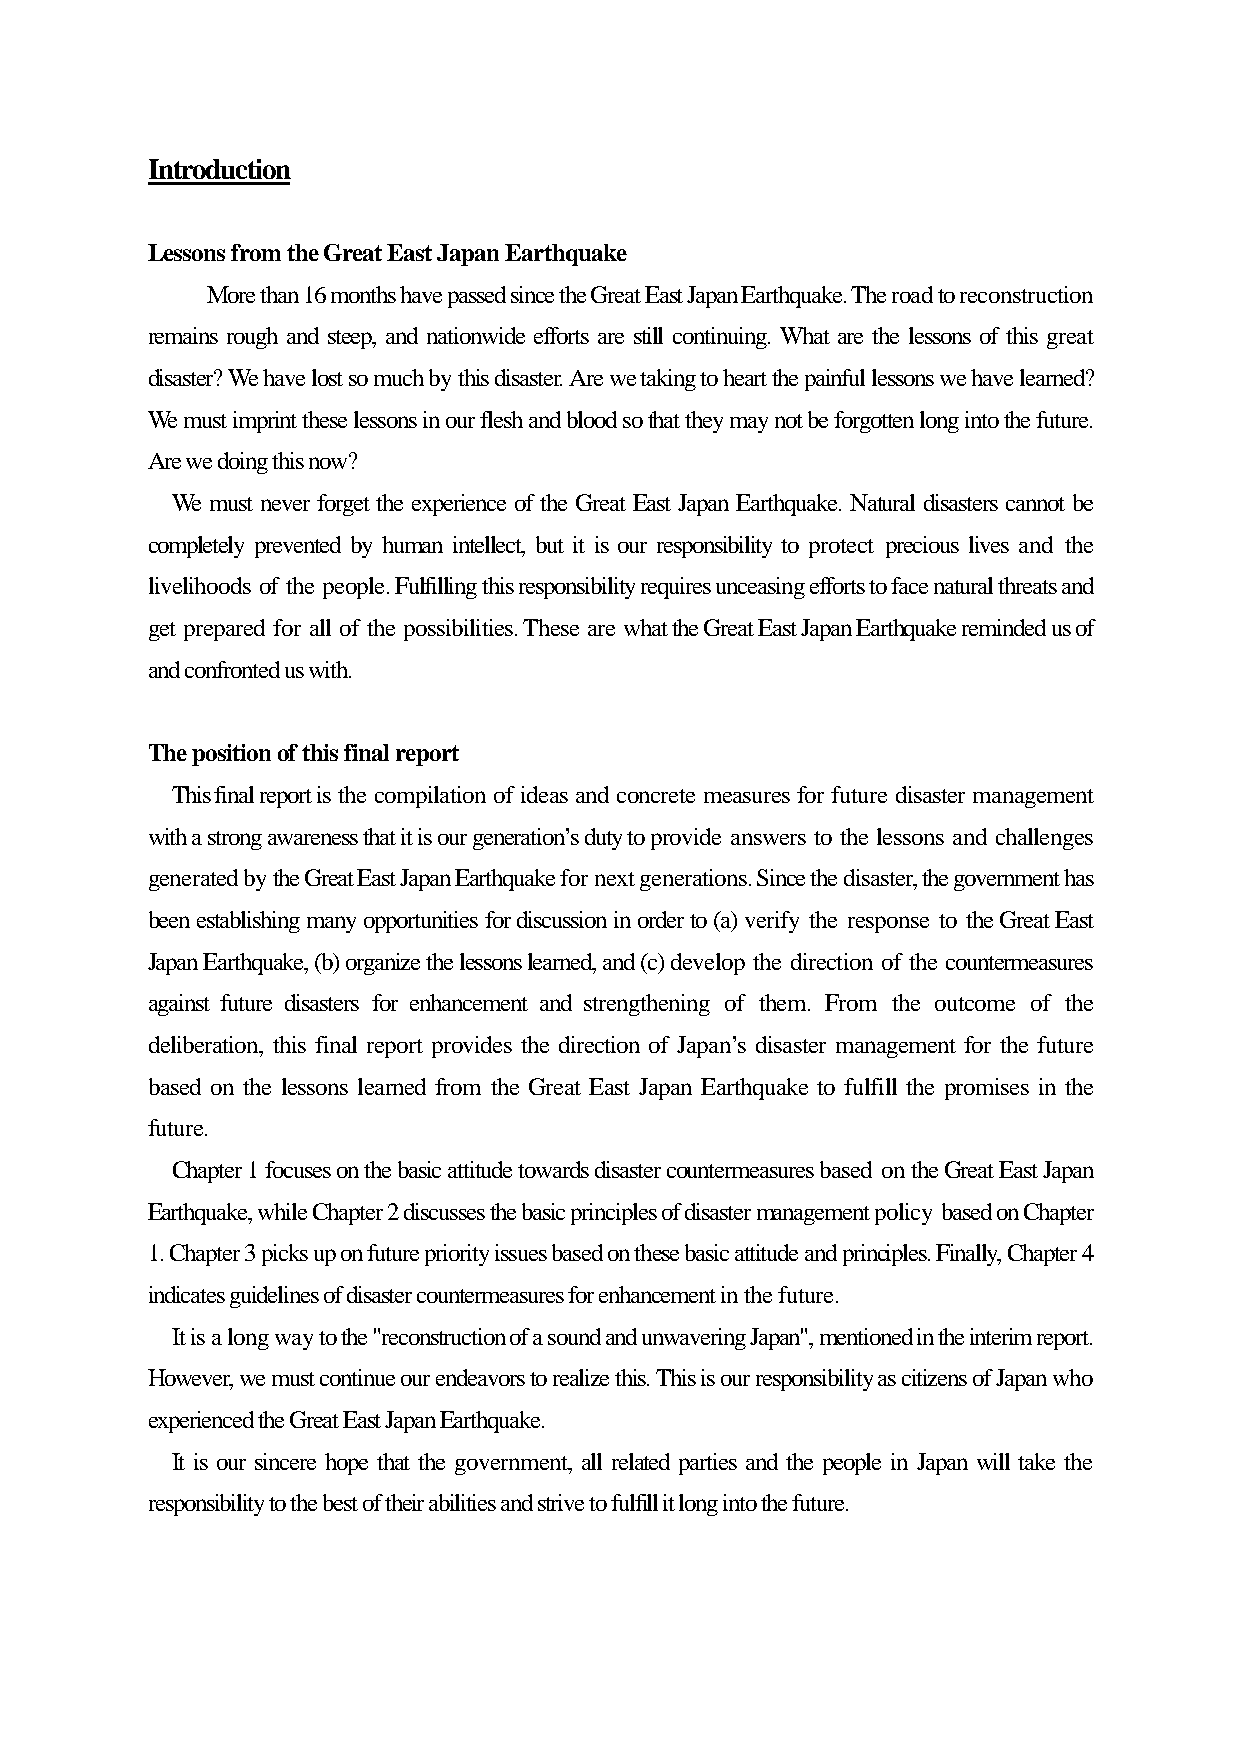
Introduction
 Lessons from the Great East Japan Earthquake
 More than 16 months have passed since the Great East Japan Earthquake. The road to reconstruction
 remains rough and steep, and nationwide efforts are still continuing. What are the lessons of this great
 disaster? We have lost so much by this disaster. Are we taking to heart the painful lessons we have learned?
 We must imprint these lessons in our flesh and blood so that they may not be forgotten long into the future.
 Are we doing this now?
 We must never forget the experience of the Great East Japan Earthquake. Natural disasters cannot be
 completely prevented by human intellect, but it is our responsibility to protect precious lives and the
 livelihoods of the people. Fulfilling this responsibility requires unceasing efforts to face natural threats and
 get prepared for all of the possibilities. These are what the Great East Japan Earthquake reminded us of
 and confronted us with.
 The position of this final report
 This final report is the compilation of ideas and concrete measures for future disaster management
 with a strong awareness that it is our generation’s duty to provide answers to the lessons and challenges
 generated by the Great East Japan Earthquake for next generations. Since the disaster, the government has
 been establishing many opportunities for discussion in order to (a) verify the response to the Great East
 Japan Earthquake, (b) organize the lessons learned, and (c) develop the direction of the countermeasures
 against future disasters for enhancement and strengthening of them. From the outcome of the
 deliberation, this final report provides the direction of Japan’s disaster management for the future
 based on the lessons learned from the Great East Japan Earthquake to fulfill the promises in the
 future.
 Chapter 1 focuses on the basic attitude towards disaster countermeasures based on the Great East Japan
 Earthquake, while Chapter 2 discusses the basic principles of disaster management policy based on Chapter
 1. Chapter 3 picks up on future priority issues based on these basic attitude and principles. Finally, Chapter 4
 indicates guidelines of disaster countermeasures for enhancement in the future.
 It is a long way to the "reconstruction of a sound and unwavering Japan", mentioned in the interim report.
 However, we must continue our endeavors to realize this. This is our responsibility as citizens of Japan who
 experienced the Great East Japan Earthquake.
 It is our sincere hope that the government, all related parties and the people in Japan will take the
 responsibility to the best of their abilities and strive to fulfill it long into the future.